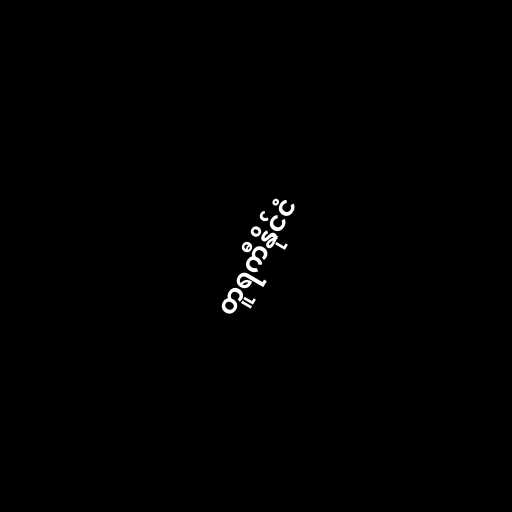
တူရကီနိုင်ငံ